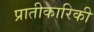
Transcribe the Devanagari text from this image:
प्रातीकारिकी